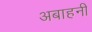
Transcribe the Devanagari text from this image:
अबाहनी